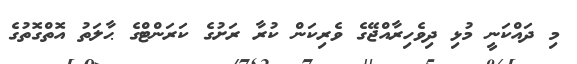
މި ދައްކަނީ މުޅި ދިވެހިރާއްޖޭގެ ވެރިކަން ކުރާ ރަށުގެ ކަރަންޓްގެ ޙާލަތު އޮތްގޮތުގެ